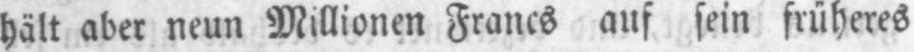
hält aber neun Millionen Francs auf sein früheres